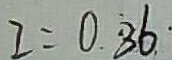
I = 0 . \dot { 8 } 6 . \cdot